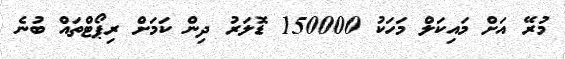
މުރޭ އަށް މައިކަލް މަހަކު 150000 ޑޮލަރު ދިން ކަމަށް ރިޕޯޓްތައް ބުނެ